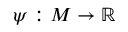
\psi : M \to \mathbb { R }